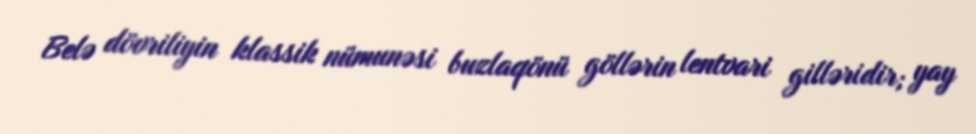
Belə dövriliyin klassik nümunəsi buzlaqönü göllərin lentvari gilləridir; yay